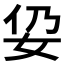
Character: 𱙉